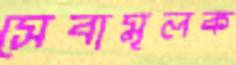
সেবামূলক